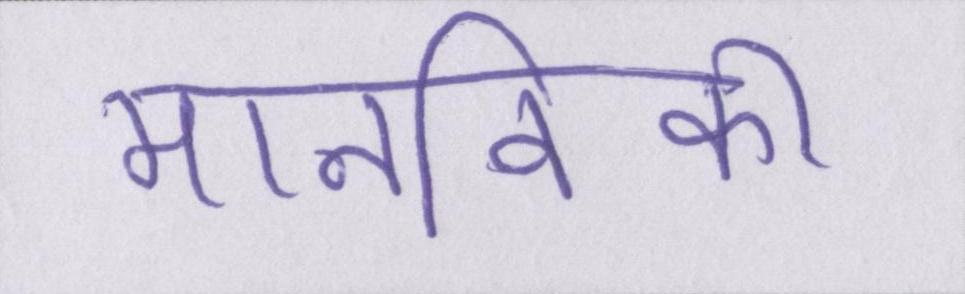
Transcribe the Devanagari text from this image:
मानविकी